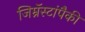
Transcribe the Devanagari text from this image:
जिम्नॅस्टांपैकी